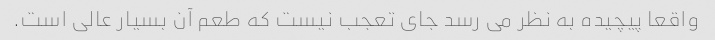
واقعا پیچیده به نظر می رسد جای تعجب نیست که طعم آن بسیار عالی است.